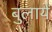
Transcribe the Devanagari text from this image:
बुलायें